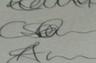
Signature authenticity: genuine